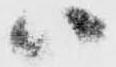
ハ